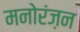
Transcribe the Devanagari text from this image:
मनोरंज़न